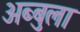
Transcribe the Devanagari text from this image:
अब्बुला